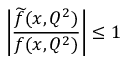
\left| \frac { { \widetilde f } ( x , Q ^ { 2 } ) } { f ( x , Q ^ { 2 } ) } \right| \le 1